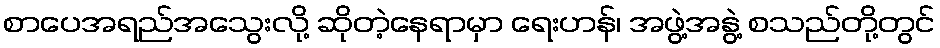
စာပေအရည်အသွေးလို့ ဆိုတဲ့နေရာမှာ ရေးဟန်၊ အဖွဲ့အနွဲ့ စသည်တို့တွင်